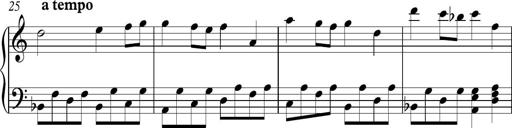
Title: Piano Sonatina in C
Composer: Daniel LÃ©o Simpson
Key: C major